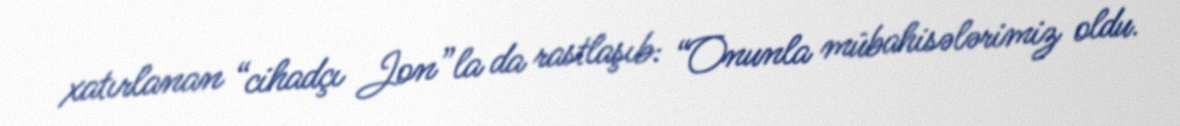
xatırlanan “cihadçı Jon”la da rastlaşıb: “Onunla mübahisələrimiz oldu.